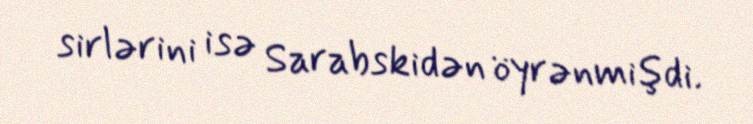
sirlərini isə Sarabskidən öyrənmişdi.